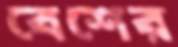
বেশের